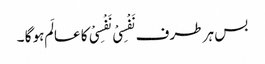
بس ہر طرف نَفْسِیْ نَفْسِیْ کا عالَم ہو گا ۔